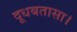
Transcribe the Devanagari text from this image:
दूधबतासा।